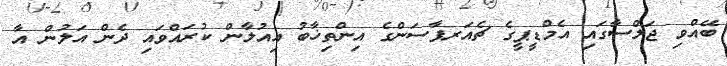
ބޭއްވި ޖަލްސާގައި އެމްޑީޕީގެ ޗެއަރޕާސަންގެ އިންތިޚާބު އިއުލާން ކުރައްވައި ދެން އަލުން އާ